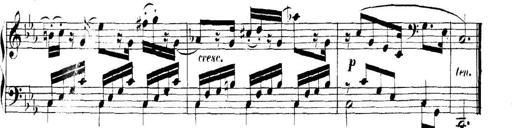
Title: Collected Piano Sonatas
Composer: Muzio Clementi